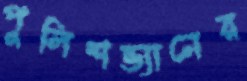
পুলিশভ্যানের